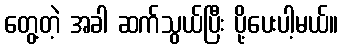
တွေ့တဲ့ အခါ ဆက်သွယ်ပြီး ပို့ပေးပါ့မယ်။